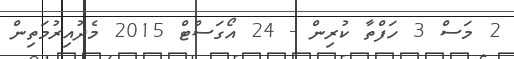
2 މަސް 3 ހަފްތާ ކުރިން - 24 އޯގަސްޓް 2015 މެދުއިރުމަތިން